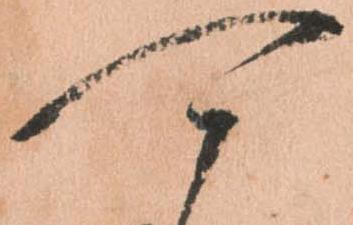
可